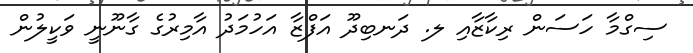
ސިގްމާ ހަސަން ރިކާޒާއި ލ. ދަނބިދޫ އަފްޒާ އަހުމަދު އާމިރުގެ ގާނޫނީ ވަކީލުން